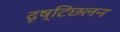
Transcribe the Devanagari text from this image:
दृष्टिछलन